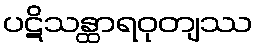
ပဋိသန္ထာရဝုတျဿ